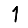
Digit: 1